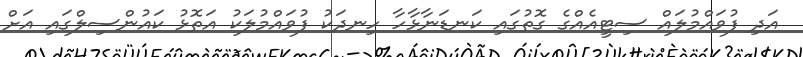
އަދި ފުވައްމުލައް ސިޓީއެއްގެ ގޮތުގައި ކަނޑަނާޅާހާ ހިނދަކު ފުވައްމުލަކު އަތޮޅު ކައުންސިލްގައި އަށް